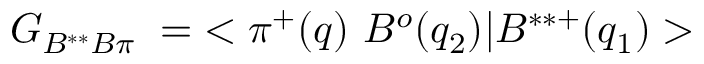
G _ { B ^ { * * } B \pi } \; = \; < \pi ^ { + } ( q ) ~ B ^ { o } ( q _ { 2 } ) | B ^ { * * + } ( q _ { 1 } ) >